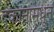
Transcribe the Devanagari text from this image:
दुकानांमधून